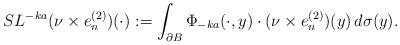
LaTeX: \begin{align*}SL^{-ka}(\nu\times e_n^{(2)})(\cdot) := \int_{\partial B}\Phi_{-ka}(\cdot, y)\cdot(\nu\times e_n^{(2)})(y)\,d\sigma(y).\end{align*}